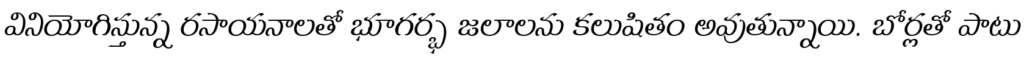
వినియోగిస్తున్న రసాయనాలతో భూగర్భ జలాలను కలుషితం అవుతున్నాయి. బోర్లతో పాటు